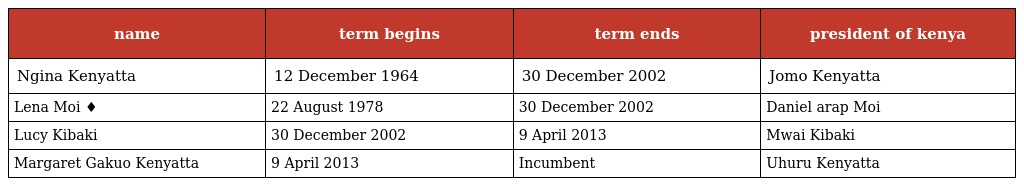
| name | term begins | term ends | president of kenya |
 | --- | --- | --- | --- |
 | Ngina Kenyatta | 12 December 1964 | 30 December 2002 | Jomo Kenyatta |
 | Lena Moi ♦ | 22 August 1978 | 30 December 2002 | Daniel arap Moi |
 | Lucy Kibaki | 30 December 2002 | 9 April 2013 | Mwai Kibaki |
 | Margaret Gakuo Kenyatta | 9 April 2013 | Incumbent | Uhuru Kenyatta |